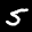
Digit: 5